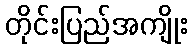
တိုင်းပြည်အကျိုး